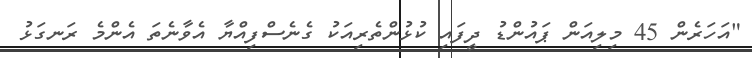
"އަހަރެން 45 މިލިއަން ޕައުންޑު ދީފައި ކުޅުންތެރިއަކު ގެނެސްފިއްޔާ އެވާނެތަ އެންމެ ރަނގަޅު